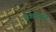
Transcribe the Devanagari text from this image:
प्रवासवृत्ते